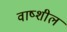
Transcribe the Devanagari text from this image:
वाष्शील